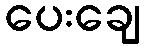
ပေးချေ